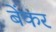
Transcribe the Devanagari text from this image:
बेंकर